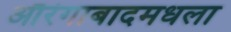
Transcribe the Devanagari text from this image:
औरंगाबादमधला